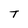
Character: T